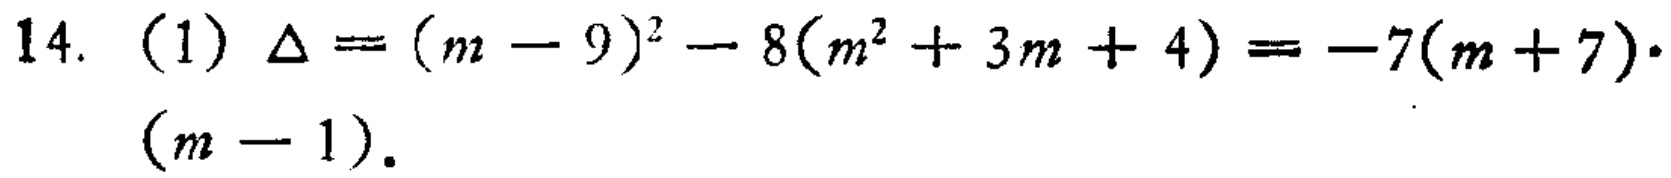
14. （1）\(\Delta=(m - 9)^{2}-8(m^{2}+3m + 4)=-7(m + 7)\cdot(m - 1)\)